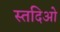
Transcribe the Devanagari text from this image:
स्तदिओ